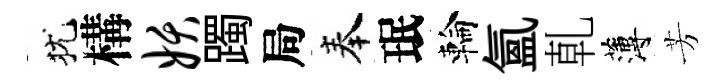
犹構妖躅局奉珉輪氲乹薄芳